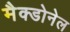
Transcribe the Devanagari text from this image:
मैक्डोनेल